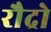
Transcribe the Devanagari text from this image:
रौद्रो